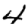
Digit: 4